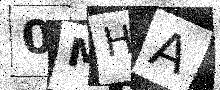
Text: 0MHA